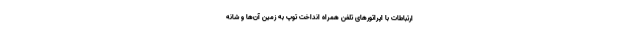
ارتباطات با اپراتورهای تلفن همراه انداخت توپ به زمین آن‌ها و شانه